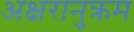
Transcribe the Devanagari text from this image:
अक्षरानुक्रम